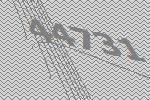
44731